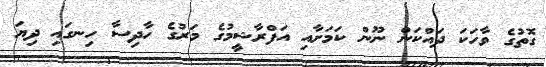
ގޮތުގެ ވާހަކަ ދައްކަން ނޫން ކަމަށާއި އަފްރާޝީމުގެ މަރުގެ ހާދިސާ ހިނގައި ދިޔަ